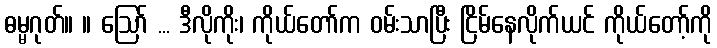
ဓမ္မဂုတ်။ ။ ဩော် ... ဒီလိုကိုး၊ ကိုယ်တော်က ဝမ်းသာပြီး ငြိမ်နေလိုက်ယင် ကိုယ်တော့်ကို